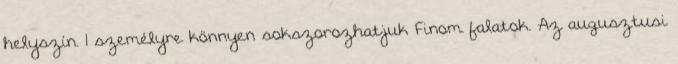
helyszín. 1 személyre könnyen sokszorozhatjuk Finom falatok. Az augusztusi